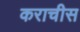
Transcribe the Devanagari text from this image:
कराचीस